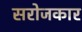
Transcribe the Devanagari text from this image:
सरोजकार